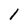
Character: 1